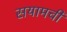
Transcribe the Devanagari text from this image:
सयामची